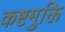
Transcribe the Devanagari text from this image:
कष्टमुक्ति